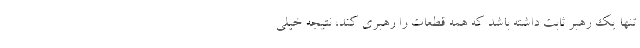
تنها یک رهبر ثابت داشته باشد که همه قطعات را رهبری کند، نتیجه خیلی